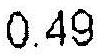
0.49